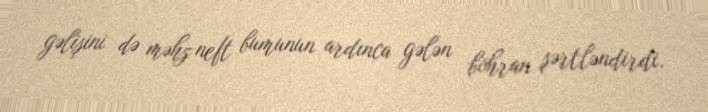
gəlişini də məhz neft bumunun ardınca gələn böhran şərtləndirdi.